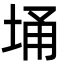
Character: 埇